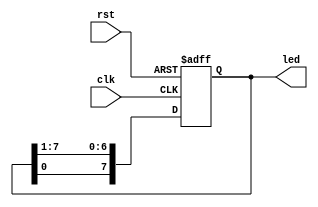
module flowing_led(
	input 			rst,
	input 			clk,
	output reg[DATA_WIDTH - 1:0] led
	);
	
	parameter DATA_WIDTH = 8;
	
	always @(posedge clk, posedge rst) begin
		if(rst) led <= 8'hef;
		else begin
			led[0] <= led[1];
			led[1] <= led[2];
			led[2] <= led[3];
			led[3] <= led[4];
			led[4] <= led[5];
			led[5] <= led[6];
			led[6] <= led[7];
			led[7] <= led[0];
		end
	end
endmodule